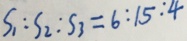
S _ { 1 } : S _ { 2 } : S _ { 3 } = 6 : 1 5 : 4